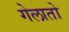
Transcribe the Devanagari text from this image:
गेलातो